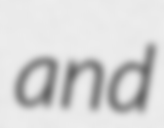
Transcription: and